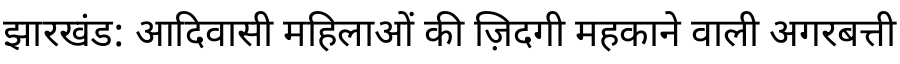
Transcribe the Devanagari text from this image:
झारखंड: आदिवासी महिलाओं की ज़िदगी महकाने वाली अगरबत्ती